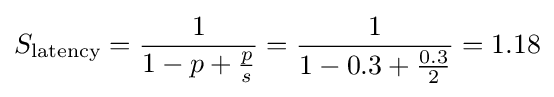
S_{\text{latency}}={\frac {1}{1-p+{\frac {p}{s}}}}={\frac {1}{1-0.3+{\frac {0.3}{2}}}}=1.18